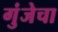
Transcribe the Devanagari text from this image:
गुंजेचा